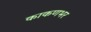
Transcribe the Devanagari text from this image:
काकणभर